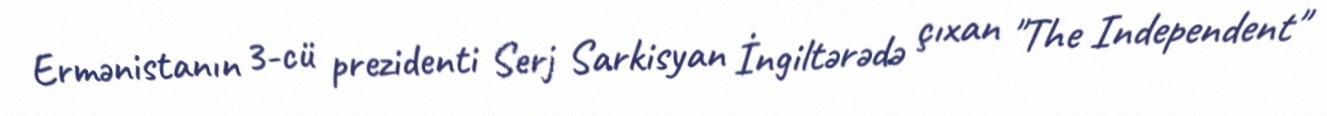
Ermənistanın 3-cü prezidenti Serj Sarkisyan İngiltərədə çıxan "The Independent"